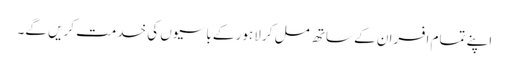
اپنے تمام افسران کے ساتھ مل کر لاہور کے باسیوں کی خدمت کریں گے۔